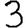
Digit: 3